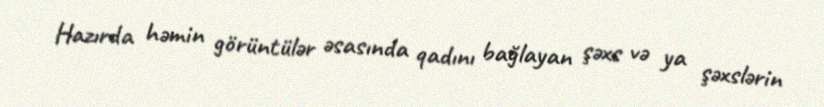
Hazırda həmin görüntülər əsasında qadını bağlayan şəxs və ya şəxslərin